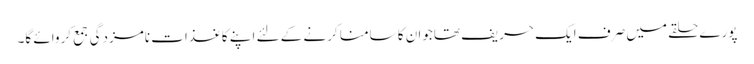
پورے حلقے میں صرف ایک حریف تھاجوان کا سامنا کرنے کے لئے اپنے کاغذات نامزدگی جمع کروائے گا۔